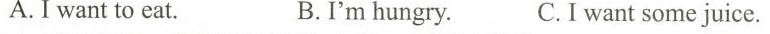
A.I want to eat. B.I'm hungry. C.I want some juice.